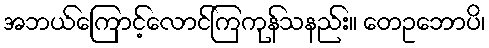
အဘယ်ကြောင့်လောင်ကြကုန်သနည်း။ တေဥဘောပိ၊